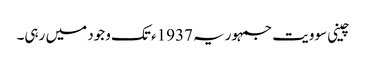
چینی سوویت جمہوریہ 1937ء تک وجود میں رہی۔